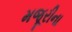
મજૂરીના